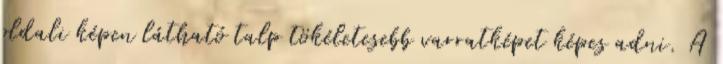
oldali képen látható talp tökéletesebb varratképet képes adni. A